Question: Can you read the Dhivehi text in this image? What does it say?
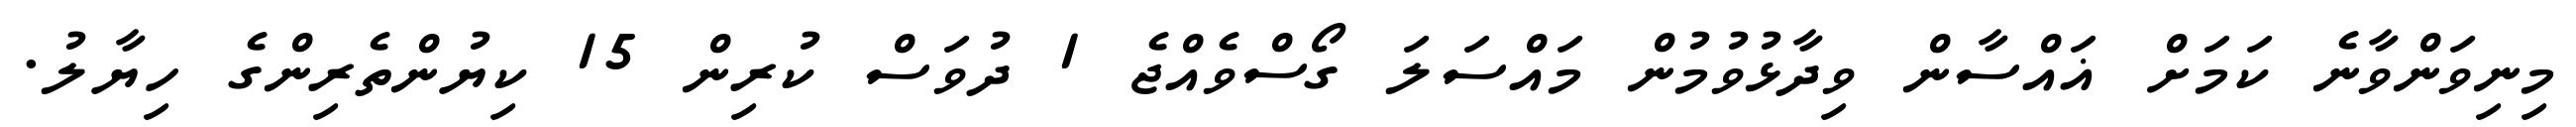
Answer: މިނިވަންވާނެ ކަމަށް ޣައްސާން ވިދާޅުވުމުން މައްސަލަ ގޯސްވެއްޖެ 1 ދުވަސް ކުރިން 15 ކިޔުންތެރިންގެ ހިޔާލު.